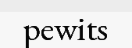
pewits